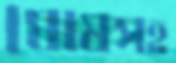
ঘোষসহ